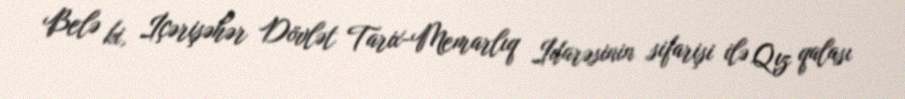
Belə ki, İçərişəhər Dövlət Tarix-Memarlıq İdarəsinin sifarişi ilə Qız qalası